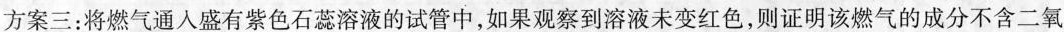
方案三：将燃气通入盛有紫色石蕊溶液的试管中，如果观察到溶液未变红色，则证明该燃气的成分不含二氧